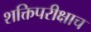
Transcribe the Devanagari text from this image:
शक्तिपरीक्षाच